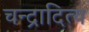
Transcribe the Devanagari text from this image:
चन्द्रादित्य